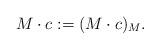
LaTeX: \begin{align*}M\cdot c:=(M\cdot c)_M.\end{align*}